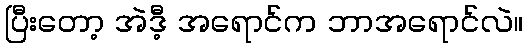
ပြီးတော့ အဲဒီ့ အရောင်က ဘာအရောင်လဲ။